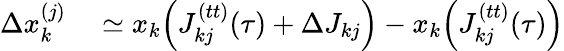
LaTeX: \begin{array}{rl}{\Delta x_{k}^{(j)}}&{{}\simeq x_{k}\Big(J_{kj}^{(tt)}(\tau)+\Delta J_{kj}\Big)-x_{k}\Big(J_{kj}^{(tt)}(\tau)\Big)}\end{array}